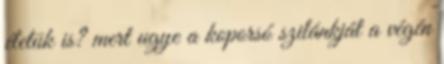
életük is? mert ugye a koporsó szilánkját a végén